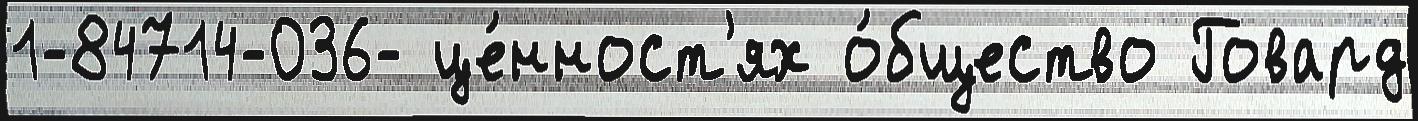
1-84714-036- це́нност'ях о́бщество Говард